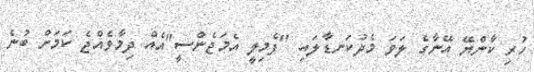
ހުރި ކާންޔޭ އޭނާގެ ލަވަ މެދުކަނޑާލައި "ފެމިލީ އެމަޖެންސީ"އެއް ދިމާވެއްޖެ ކަމަށް ބުނެ